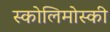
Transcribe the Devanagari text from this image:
स्कोलिमोस्की